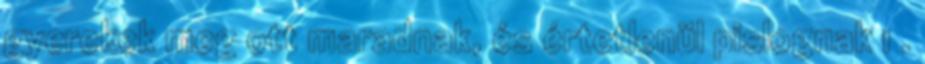
gyerekek meg ott maradnak, és értetlenül pislognak 1 .